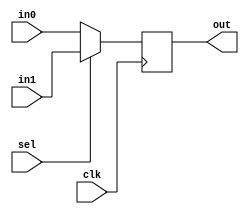
// CODE FOR THE ALU MUX in the IEstage
// this takes in the 32'bit signExtend and puts it into in1 and the 32'bit from the Read Data 2 for in0;
// it chooses between these 2 on the posedge of the clock using the select bit from the [0] bit of the EX Contorl bit that was evalutated in the ID stage

module ALU_MUX(
	output reg [31:0] out,
	input [31:0] in1,
	input [31:0] in0,
	input sel,
	input clk
	);

	always @(posedge clk)
		begin
			if(sel == 0)
				out <= in0;
			else
				out <= in1;
		end
	
endmodule